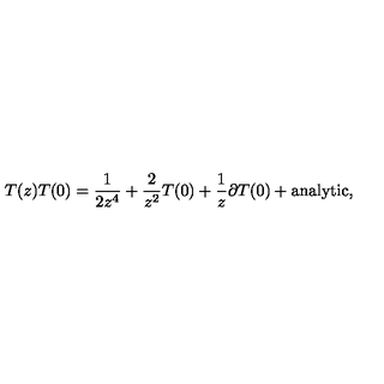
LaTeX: T ( z ) T ( 0 ) = \frac { 1 } { 2 z ^ { 4 } } + \frac { 2 } { z ^ { 2 } } T ( 0 ) + \frac { 1 } { z } \partial T ( 0 ) + \mathrm { a n a l y t i c } ,